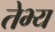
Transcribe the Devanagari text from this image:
तेभ्य